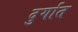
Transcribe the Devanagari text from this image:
दुर्गात